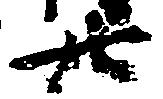
廿